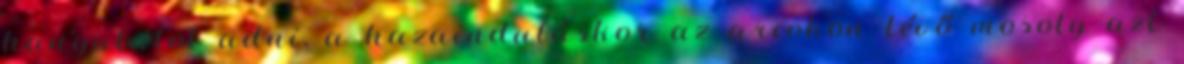
hangulatot adni, a hazainduláskor az arcokon lévő mosoly azt